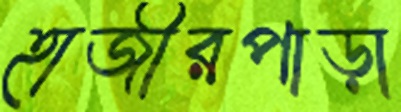
হাজীরপাড়া